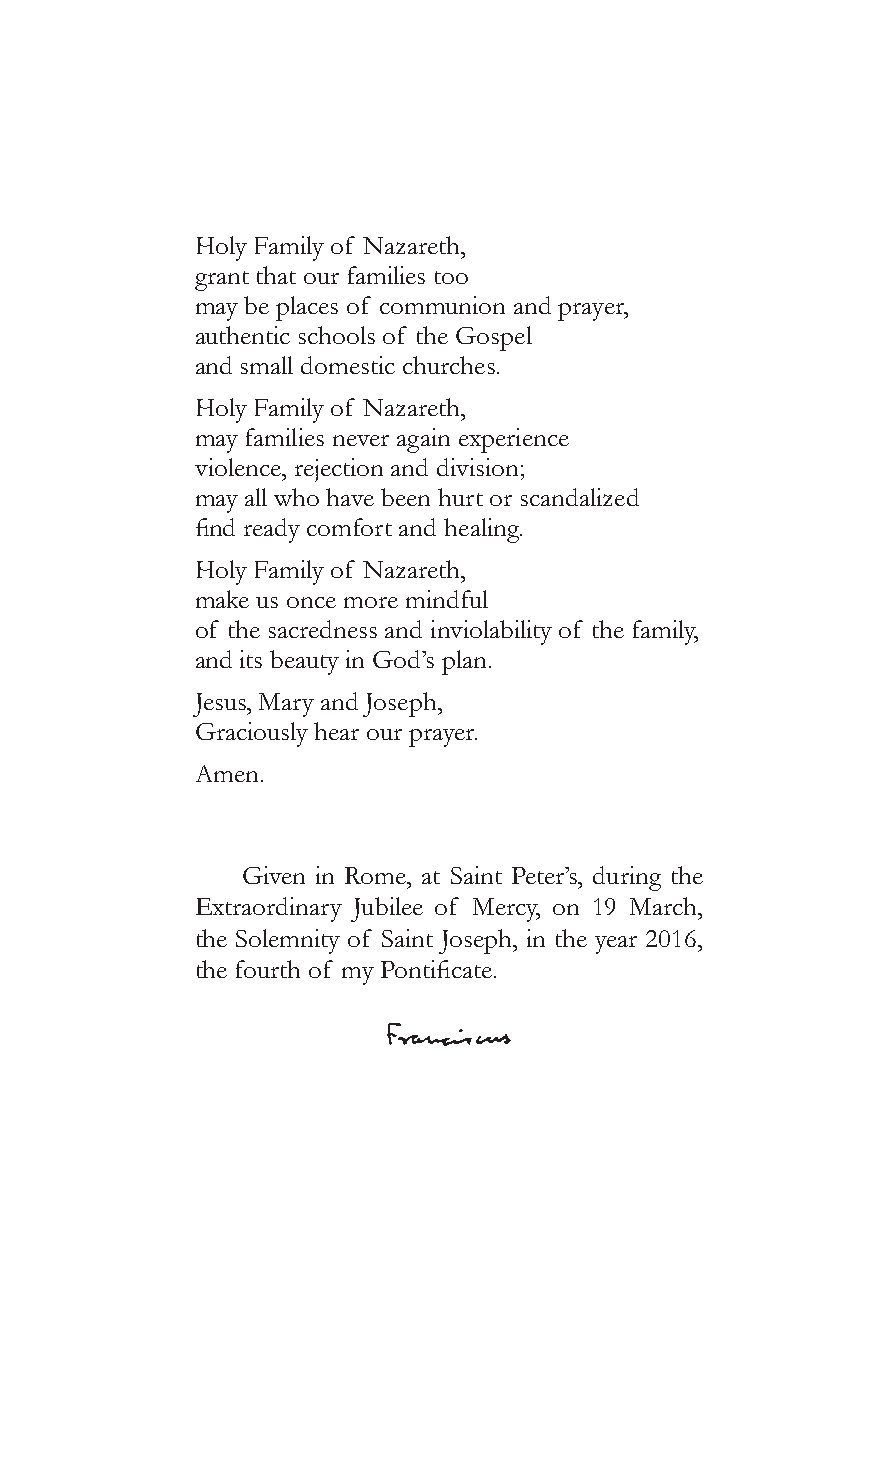
Holy Family of Nazareth,
 grant that our families too
 may be places of communion and prayer,
 authentic schools of the Gospel
 and small domestic churches.
 Holy Family of Nazareth,
 may families never again experience
 violence, rejection and division;
 may all who have been hurt or scandalized
 find ready comfort and healing.
 Holy Family of Nazareth,
 make us once more mindful
 of the sacredness and inviolability of the family,
 and its beauty in God’s plan.
 Jesus, Mary and Joseph,
 Graciously hear our prayer.
 Amen.
 Given in Rome, at Saint Peter’s, during the
 Extraordinary Jubilee of Mercy, on 19 March,
 the Solemnity of Saint Joseph, in the year 2016,
 the fourth of my Pontificate.